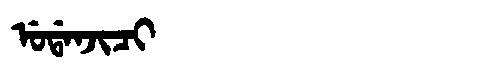
Manchu: ᡠᡩᠠᠨᠵᡳᠴᡳ
Romanization: UDANJICI